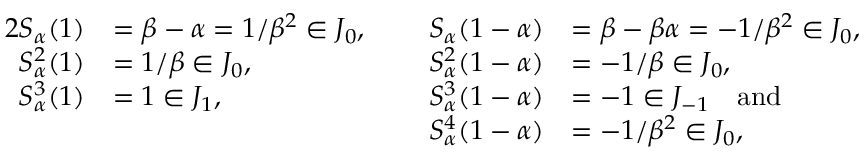
\begin{array} { r l r l } { { 2 } S _ { \alpha } ( 1 ) } & { = \beta - \alpha = 1 / \beta ^ { 2 } \in J _ { 0 } , \ \ \ \ } & { S _ { \alpha } ( 1 - \alpha ) } & { = \beta - \beta \alpha = - 1 / \beta ^ { 2 } \in J _ { 0 } , } \\ { S _ { \alpha } ^ { 2 } ( 1 ) } & { = 1 / \beta \in J _ { 0 } , } & { S _ { \alpha } ^ { 2 } ( 1 - \alpha ) } & { = - 1 / \beta \in J _ { 0 } , } \\ { S _ { \alpha } ^ { 3 } ( 1 ) } & { = 1 \in J _ { 1 } , \ \ \ \ } & { S _ { \alpha } ^ { 3 } ( 1 - \alpha ) } & { = - 1 \in J _ { - 1 } \ \ \ \mathrm { a n d } } \\ & { } & { S _ { \alpha } ^ { 4 } ( 1 - \alpha ) } & { = - 1 / \beta ^ { 2 } \in J _ { 0 } , } \end{array}